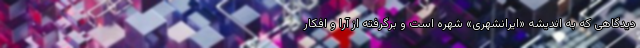
دیدگاهی که به اندیشه «ایرانشهری» شهره است و برگرفته از آرا و افکار